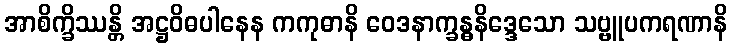
အာစိက္ခိဿန္တိ အဋ္ဌဝိဓပါနေန ကကုဓာနိ ဝေဒနာက္ခန္ဓနိဒ္ဒေသော သဗ္ဗူပကရဏာနိ